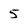
Character: 5